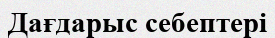
Дағдарыс себептері